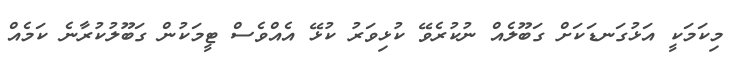
މިކަމަކީ އަޅުގަނޑަކަށް ގަބޫލެއް ނުކުރެވޭ ކުޅިވަރު ކުޅޭ އެއްވެސް ޓީމަކުން ގަބޫލުކުރާނެ ކަމެއް